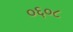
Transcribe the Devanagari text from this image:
०६०८